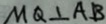
M Q \bot A B